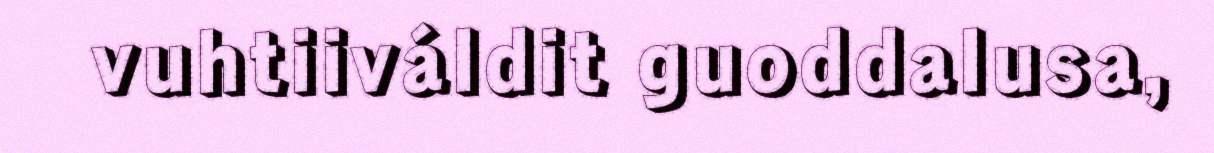
vuhtiiváldit guoddalusa,